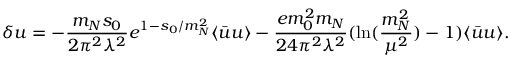
\delta u = - { \frac { m _ { N } s _ { 0 } } { 2 \pi ^ { 2 } \lambda ^ { 2 } } } e ^ { 1 - s _ { 0 } / m _ { N } ^ { 2 } } \langle \bar { u } u \rangle - { \frac { e m _ { 0 } ^ { 2 } m _ { N } } { 2 4 \pi ^ { 2 } \lambda ^ { 2 } } } ( \ln ( { \frac { m _ { N } ^ { 2 } } { \mu ^ { 2 } } } ) - 1 ) \langle \bar { u } u \rangle .